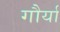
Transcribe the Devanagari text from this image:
गौर्या